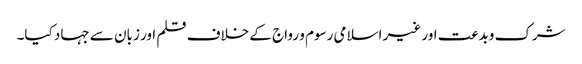
شرک وبدعت اور غیر اسلامی رسوم و رواج کے خلاف قلم اور زبان سے جہاد کیا۔